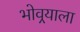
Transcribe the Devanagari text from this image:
भोवर्‍याला